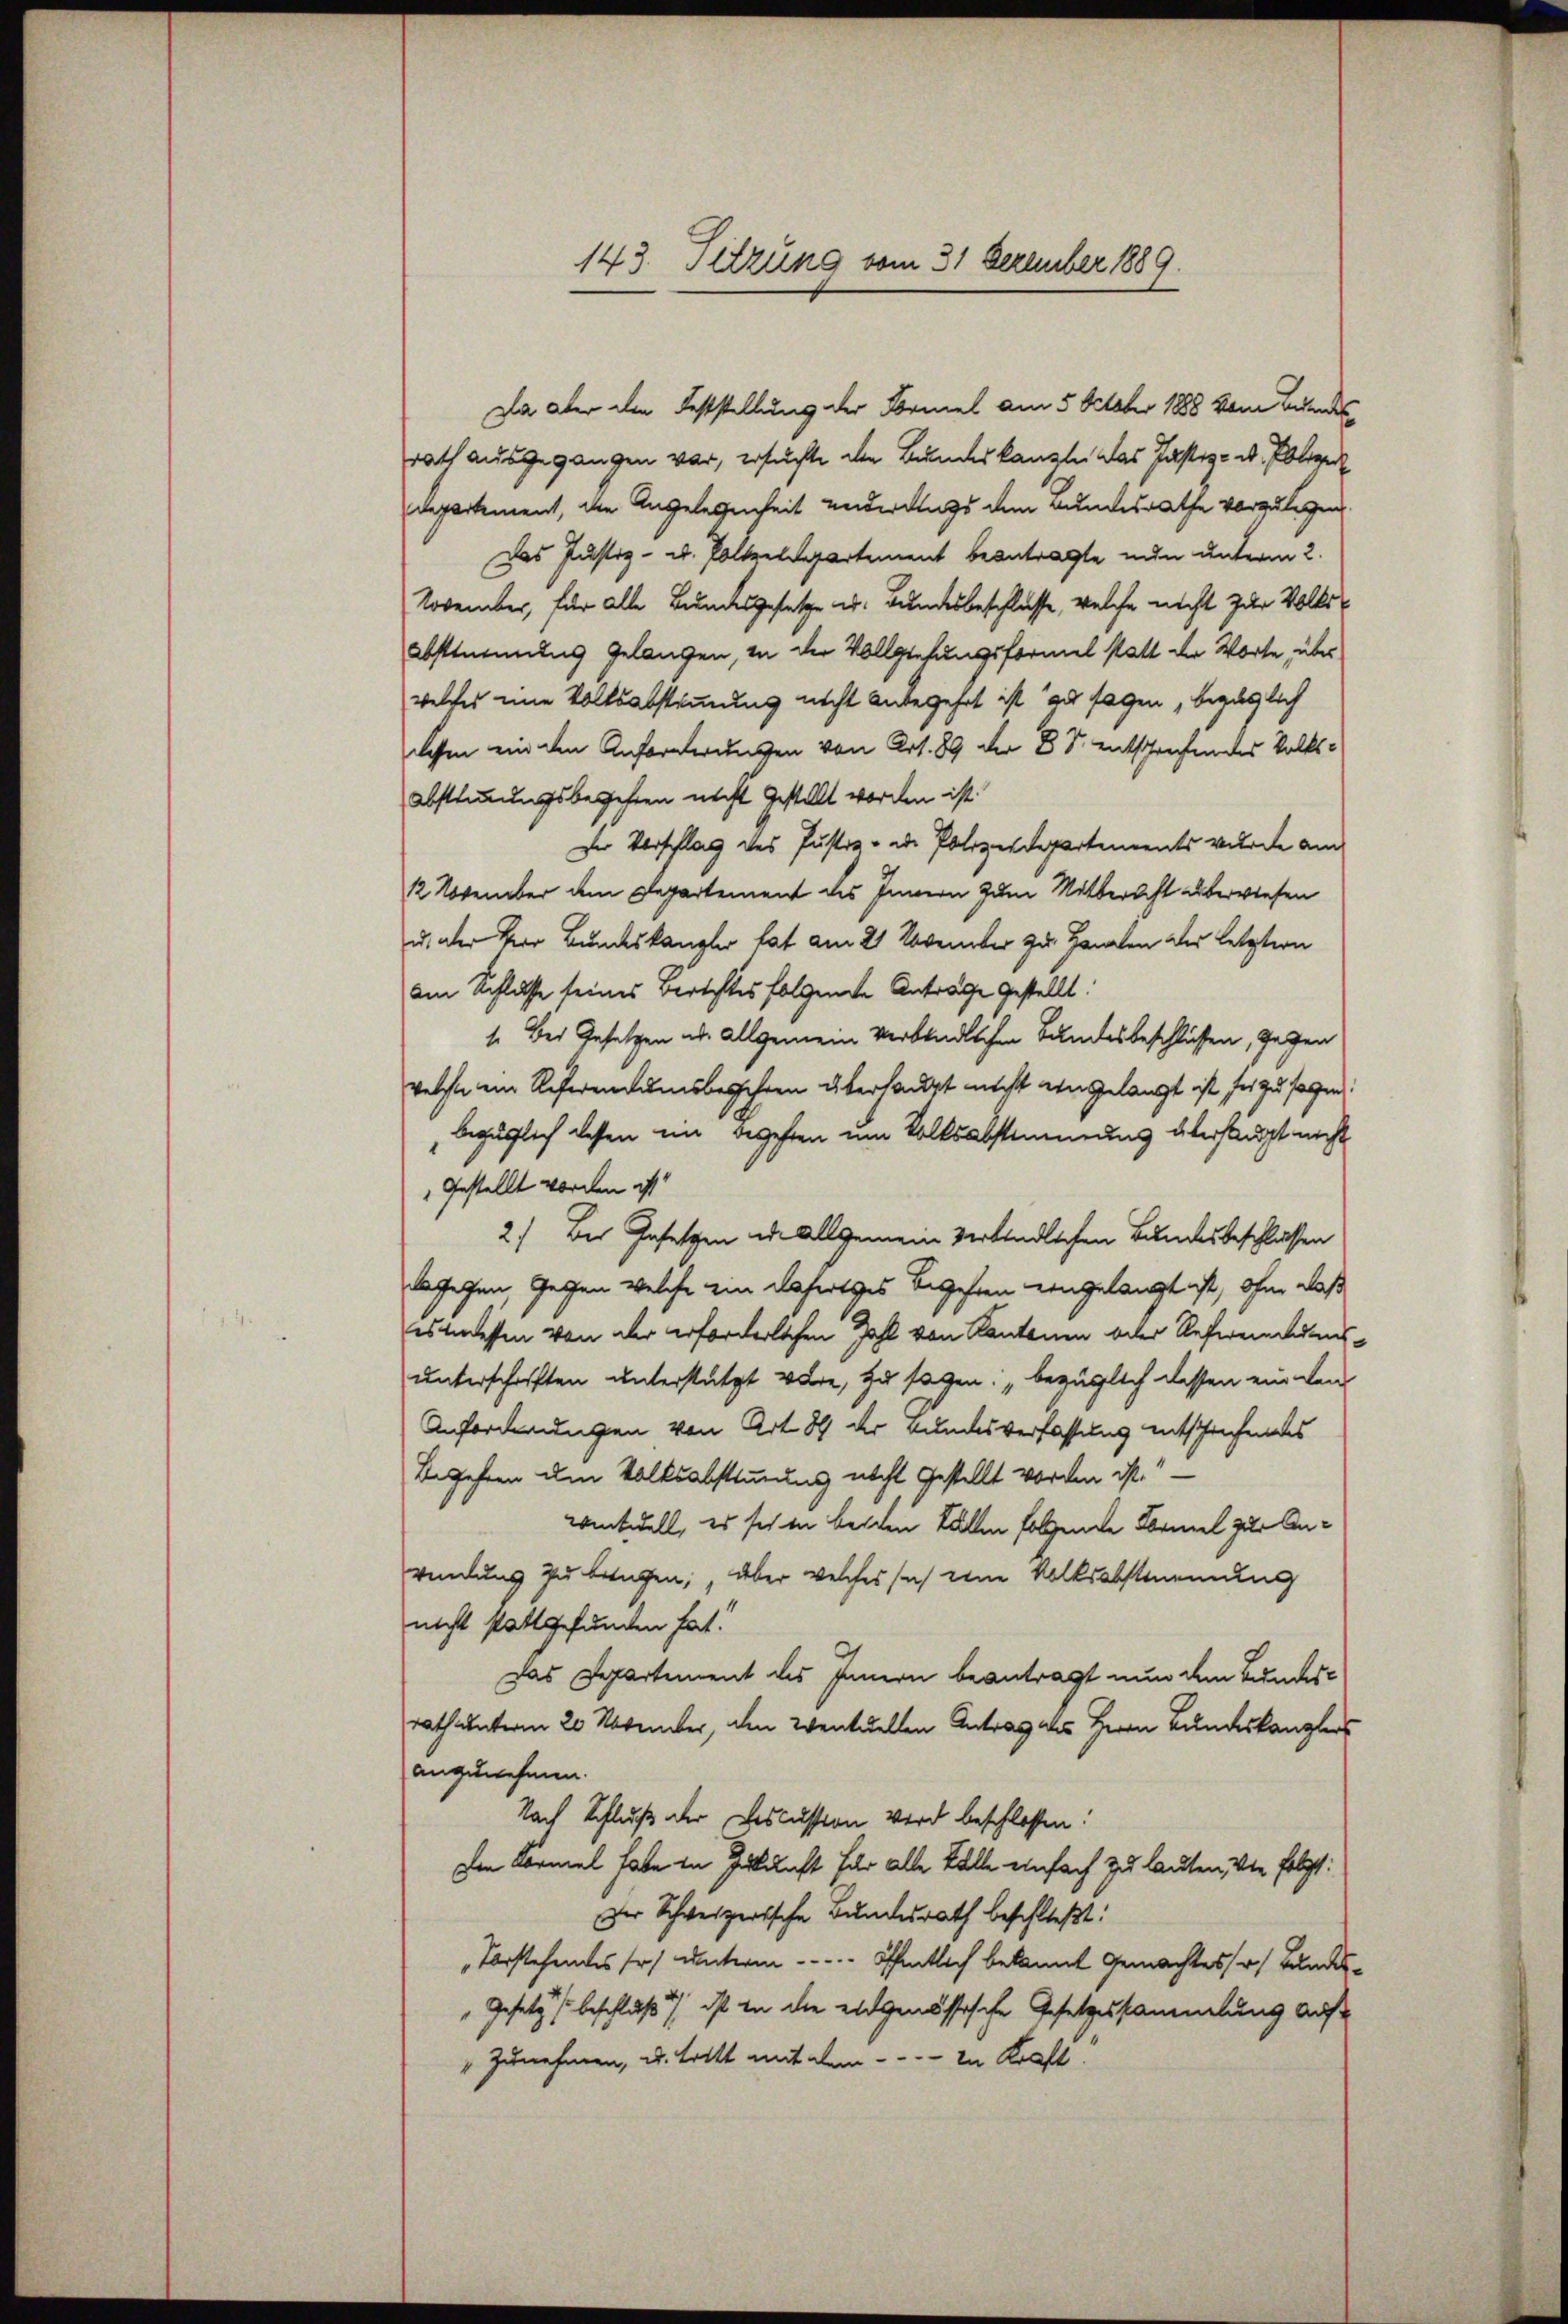
143. Sitzung vom 31 Dezember 1889.

Da aber den Feststellung der Formel am 5. October 1888 vom Bundesrath ausgegangen war, ersuchte den Bundeskanzlei das Justiz- u. Polize
departement, die Angelegenheit anderungs dem Bundesrathe vorzulegen,
Das Justiz- u. Poltzelsartement beantragte nun unterm 2.
November, für alle Bundesgesetze u. Bundesbeschlüsse, welche nicht zur Volks¬
Abstimmung gelangen, in der Vollziehungsformel statt der Worte, über
welches eine Volksabstimmung nicht anbegehrt ist au sagen, bezüglich
dessen ein den Anforderungen von Art. 89 der 8 S. entsprechendes Volks¬
Abstimmungsbegehren nicht gestellt worden ist
Der Vorschlag des Justiz - od. Polizeidepartements wurde am
12 November dem Departement des Innern zum Mitbericht überwiesen
u. der Herr Bundeskanzler hat am 21 November zu Helen der letztern
am Schlusse seines Berichtes folgende Anträge gestellt.
1. Bei Gesetzen ad. Allgemein verbindlichen Bundesbeschlüssen, gegen
welche ein Referentumsbegehren überhaupt nicht eingelangt ist sei zu sagen:
bezüglich dessen im Begehren um Volksabstimmung überhaupt nicht
Gestellt worden ist.
2.) Der Gesetzen ed. Allgemein Verbindlichen Bundesbeschlüssen
dagegen, Geschen welche ein defertiges Begehren eingelangt ist, ohne daß
es messen von der erforderlichen Zahl von Kantonen oder Referenadensunterschriften unterstützt wäre, zu sagen: „bezüglich dessen ein wen
Anforderungen von Art. 89 der Bundesverfassung entschrechendes
Begehren um Volksabstimmung nicht gestellt worden ist.“
ventuell, es sich in beiden Fällen folgende Formel zur Anwendung zu bringen, aber welches sich eine Volksabstimmung
nicht stattgefunden hat!
Das Departement des Innern beantragt nun dem Bundes¬
Rath unterm 20. November, den eventuellen Antrag als Herrn Bundeskanzlers
anzunehmen.
Nach Schluß der Discussion wird beschlossen:
Den Formel habe in Zukunft für alle Fälle einfach zu lauten, die folgt:
Der Schweizerische Bundesrath beschließt:
Vorstehendes so unterm . . . . . öffentlich bekannt gemachtes Bundes¬
" Gesetzes beschluß ist in die eidgenössische Gesetzessammlung auf
" zunehmen, u. tritt mit dem - - - - in Kraft.